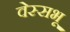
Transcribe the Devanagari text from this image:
वेस्सभू